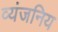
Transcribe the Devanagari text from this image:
व्यंजनिय